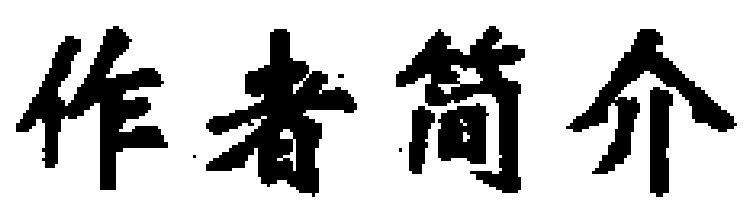
作者简介